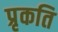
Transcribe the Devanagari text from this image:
प्रृकति